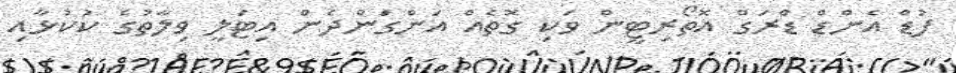
ފުޑް އެންޑް ޑްރަގް އޮތޯރިޓީން ވަކި ގޮތެއް އަންގަންދެން އިޓަލީ ވިލާތުގެ ކުކުޅާއި